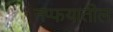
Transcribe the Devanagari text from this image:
नप्फयातील